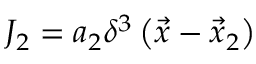
J _ { 2 } = a _ { 2 } \delta ^ { 3 } \left( { \vec { x } } - { \vec { x } } _ { 2 } \right)